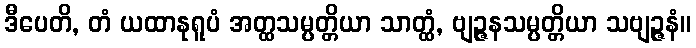
ဒီပေတိ, တံ ယထာနုရူပံ အတ္ထသမ္ပတ္တိယာ သာတ္ထံ, ဗျဉ္ဇနသမ္ပတ္တိယာ သဗျဉ္ဇနံ။